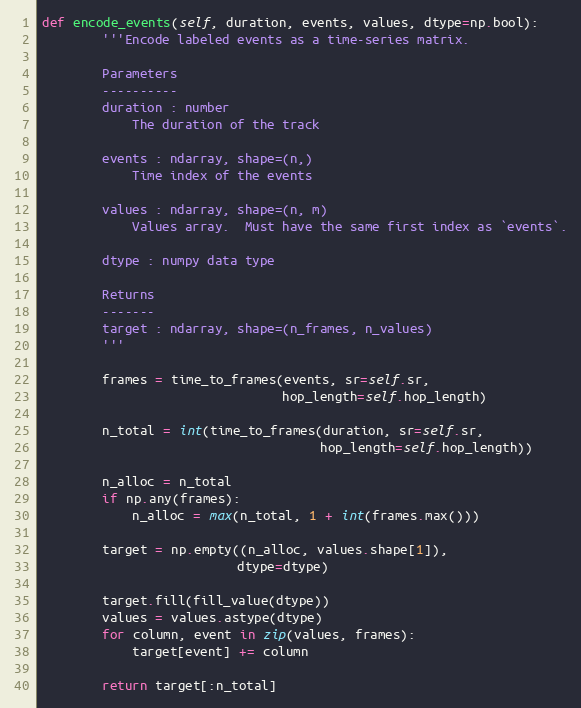
Language: Python
def encode_events(self, duration, events, values, dtype=np.bool):
        '''Encode labeled events as a time-series matrix.

        Parameters
        ----------
        duration : number
            The duration of the track

        events : ndarray, shape=(n,)
            Time index of the events

        values : ndarray, shape=(n, m)
            Values array.  Must have the same first index as `events`.

        dtype : numpy data type

        Returns
        -------
        target : ndarray, shape=(n_frames, n_values)
        '''

        frames = time_to_frames(events, sr=self.sr,
                                hop_length=self.hop_length)

        n_total = int(time_to_frames(duration, sr=self.sr,
                                     hop_length=self.hop_length))

        n_alloc = n_total
        if np.any(frames):
            n_alloc = max(n_total, 1 + int(frames.max()))

        target = np.empty((n_alloc, values.shape[1]),
                          dtype=dtype)

        target.fill(fill_value(dtype))
        values = values.astype(dtype)
        for column, event in zip(values, frames):
            target[event] += column

        return target[:n_total]